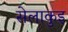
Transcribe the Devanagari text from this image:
सेलाकुइ